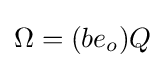
\Omega =(be_{o})Q